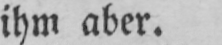
ihm aber.